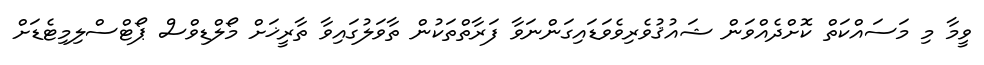
ވީމާ މި މަސައްކަތް ކޮށްދެއްވަން ޝައުޤުވެރިވެވަޑައިގަންނަވާ ފަރާތްތަކުން ތާވަލުގައިވާ ތާރީޚަށް މޯލްޑިވްސް ޕޯޓްސްލިމިޓެޑަށް